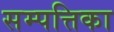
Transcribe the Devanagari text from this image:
सम्पत्तिका